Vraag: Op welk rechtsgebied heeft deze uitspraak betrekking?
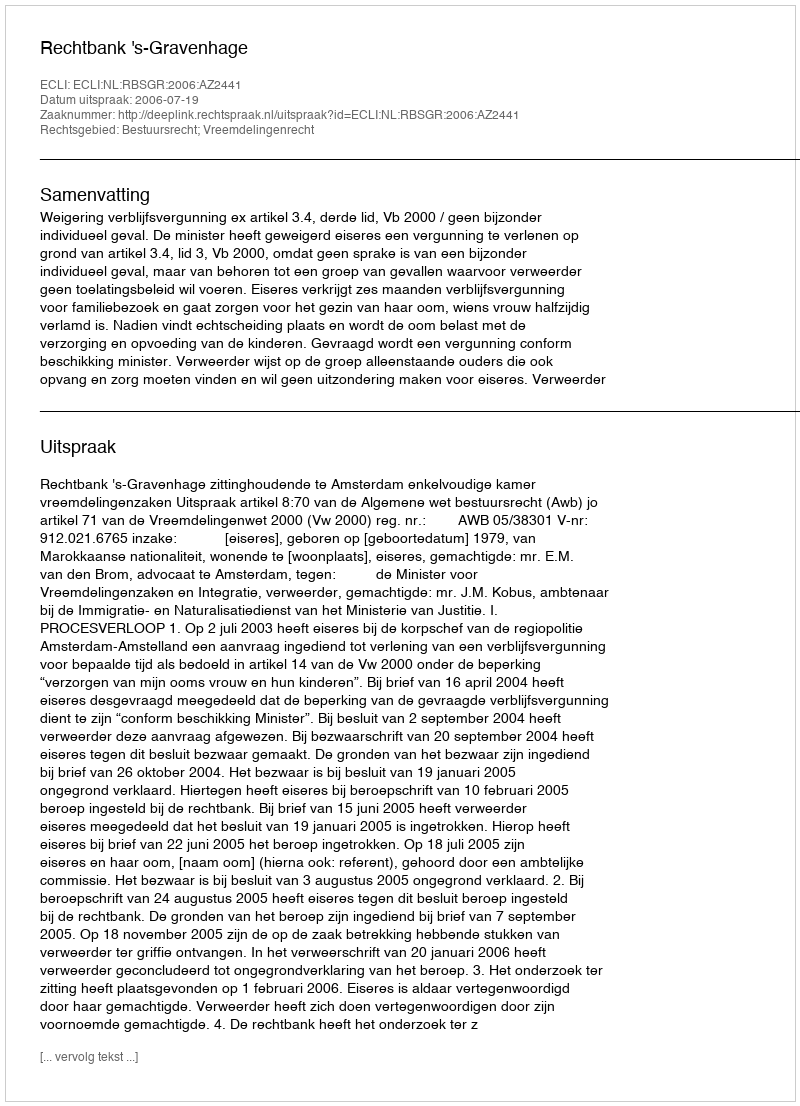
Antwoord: Bestuursrecht; Vreemdelingenrecht